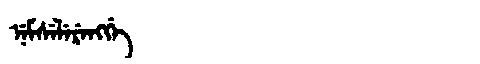
Manchu: ᠨᡝᠮᠰᡝᠯᡝᡵᡝᠩᡤᡝ
Romanization: NEMSELERENGGE